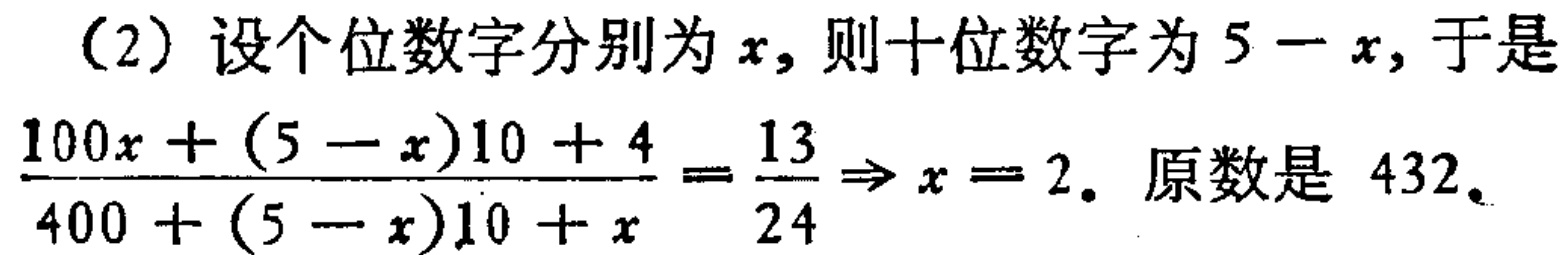
（2）设个位数字分别为\(x\)，则十位数字为\(5 - x\)，于是
\(\frac{100x + (5 - x)10 + 4}{400 + (5 - x)10 + x}=\frac{13}{24}\Rightarrow x = 2\)。原数是 \(432\)。